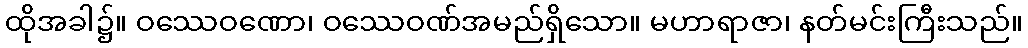
ထိုအခါ၌။ ဝဿေဝဏော၊ ဝဿေဝဏ်အမည်ရှိသော။ မဟာရာဇာ၊ နတ်မင်းကြီးသည်။